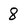
Character: 8